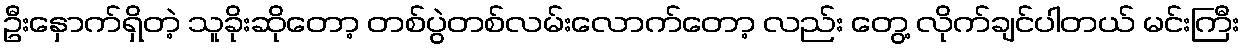
ဦးနှောက်ရှိတဲ့ သူခိုးဆိုတော့ တစ်ပွဲတစ်လမ်းလောက်တော့ လည်း တွေ့ လိုက်ချင်ပါတယ် မင်းကြီး